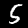
Label: 5